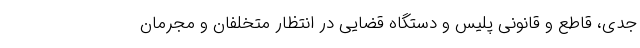
جدی، قاطع و قانونی پلیس و دستگاه قضایی در انتظار متخلفان و مجرمان